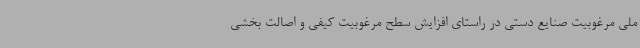
ملی مرغوبیت صنایع دستی در راستای افزایش سطح مرغوبیت کیفی و اصالت بخشی